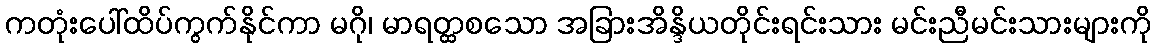
ကတုံးပေါ်ထိပ်ကွက်နိုင်ကာ မဂို၊ မာရတ္ထစသော အခြားအိန္ဒိယတိုင်းရင်းသား မင်းညီမင်းသားများကို